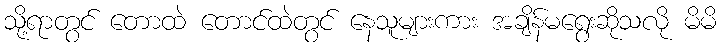
သို့ရာတွင် တောထဲ တောင်ထဲတွင် နေသူများကား အချိန်မရွေးဆိုသလို မိမိ